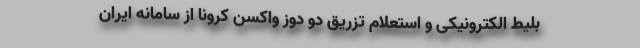
بلیط الکترونیکی و استعلام تزریق دو دوز واکسن کرونا از سامانه ایران